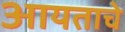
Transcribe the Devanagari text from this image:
आयताचे